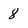
Character: 8